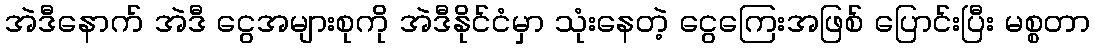
အဲဒီနောက် အဲဒီ ငွေအများစုကို အဲဒီနိုင်ငံမှာ သုံးနေတဲ့ ငွေကြေးအဖြစ် ပြောင်းပြီး မစ္စတာ